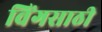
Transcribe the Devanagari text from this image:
विंगसाठी